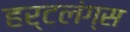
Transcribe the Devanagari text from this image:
हर्टलंग्स